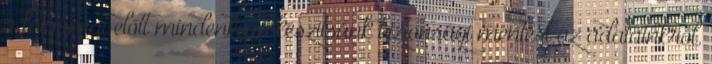
a folyamat előtt mindenképp készítsünk biztonsági mentést az adatainkról.